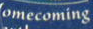
omecoming